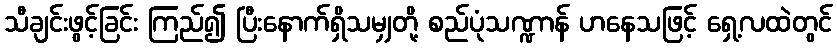
သီချင်းဖွင့်ခြင်း ကြည်၍ ပြီးနောက်ရှိသမျှတို့ စည်ပုံသဏ္ဍာန် ဟနေသဖြင့် ရှေ့လထဲတွင်